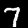
Label: 7